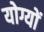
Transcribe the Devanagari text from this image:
योग्यों